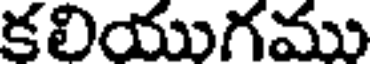
కలియుగము